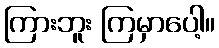
ကြားဘူး ကြမှာပေါ့။